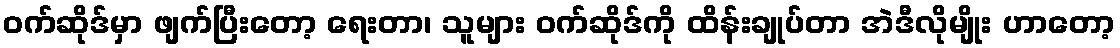
ဝက်ဆိုဒ်မှာ ဖျက်ပြီးတော့ ရေးတာ၊ သူများ ဝက်ဆိုဒ်ကို ထိန်းချုပ်တာ အဲဒီလိုမျိုး ဟာတော့